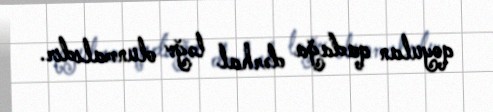
qoyulan qadağa dərhal ləğv olunmalıdır.